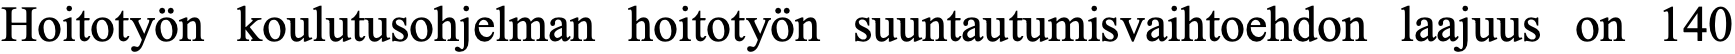
Hoitotyön koulutusohjelman hoitotyön suuntautumisvaihtoehdon laajuus on 140